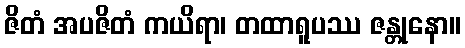
ဇိတံ အပဇိတံ ကယိရာ၊ တထာရူပဿ ဇန္တုနော။